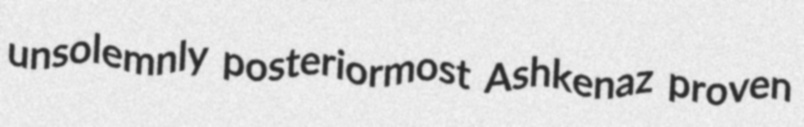
unsolemnly posteriormost Ashkenaz proven